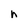
Character: h